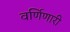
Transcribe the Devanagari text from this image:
वर्णिणारी